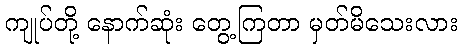
ကျုပ်တို့ နောက်ဆုံး တွေ့ကြတာ မှတ်မိသေးလား